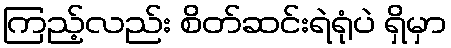
ကြည့်လည်း စိတ်ဆင်းရဲရုံပဲ ရှိမှာ